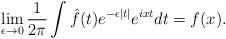
LaTeX: \begin{align*} \lim_{\epsilon\rightarrow 0}\frac{1}{2\pi} \int \hat{f}(t)e^{-\epsilon|t|}e^{ixt}dt=f(x).\end{align*}